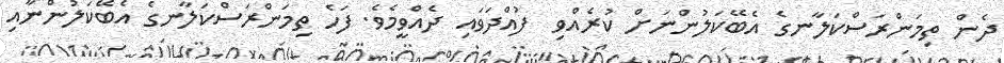
ދެން ތިމަންރަސްކަލާނގެ އެބޭކަލުންނަށް ކުރެއްވި  ފުއްދަވައި ދެއްވީމެވެ. ފަހެ ތިމަންރަސްކަލާނގެ އެބޭކަލުންނާއި